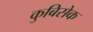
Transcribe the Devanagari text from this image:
कुबिसेक